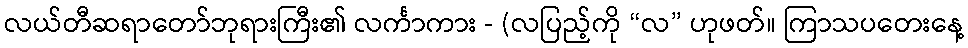
လယ်တီဆရာတော်ဘုရားကြီး၏ လင်္ကာကား - (လပြည့်ကို “လ” ဟုဖတ်။ ကြာသပတေးနေ့